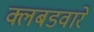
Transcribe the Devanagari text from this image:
क्लबडवारे